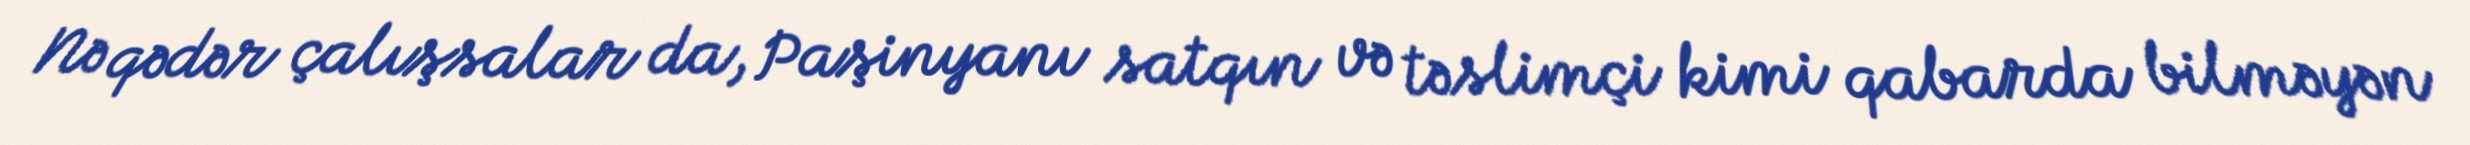
Nə qədər çalışsalar da, Paşinyanı satqın və təslimçi kimi qabarda bilməyən